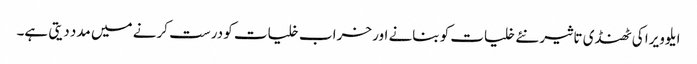
ا یلوویرا کی ٹھنڈی تاثیر نئے خلیات کو بنانے اور خراب خلیات کو درست کرنے میں مدد دیتی ہے۔